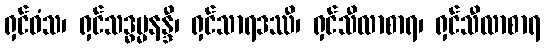
ရှင်ဝံသ၊ ရှင်သဒ္ဓမ္မနန္ဒီ၊ ရှင်သာရဒဿီ၊ ရှင်သီလာစာရ၊ ရှင်သီလာစာရ